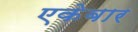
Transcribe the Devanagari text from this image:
एकेबार